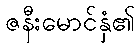
ဇနီးမောင်နှံ၏